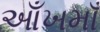
આઁખમાઁ